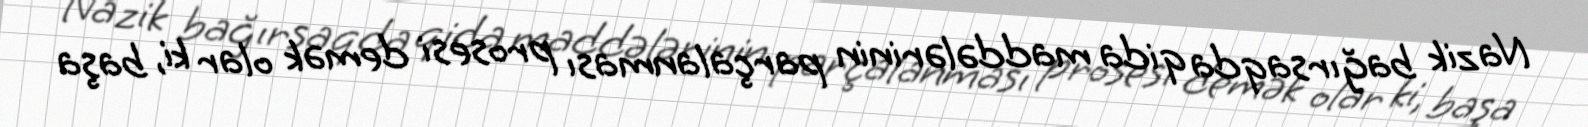
Nazik bağırsaqda qida maddələrinin parçalanması prosesi demək olar ki, başa